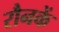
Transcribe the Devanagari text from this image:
रौनकें